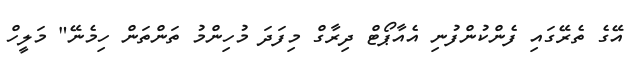
އޭގެ ތެރޭގައި ފެންކުންފުނި އެއާޕޯޓް ދިރާގް މިފަދަ މުހިންމު ތަންތަން ހިމެނޭ" މަލީހް